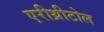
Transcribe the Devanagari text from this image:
एरीथ्रीटोल